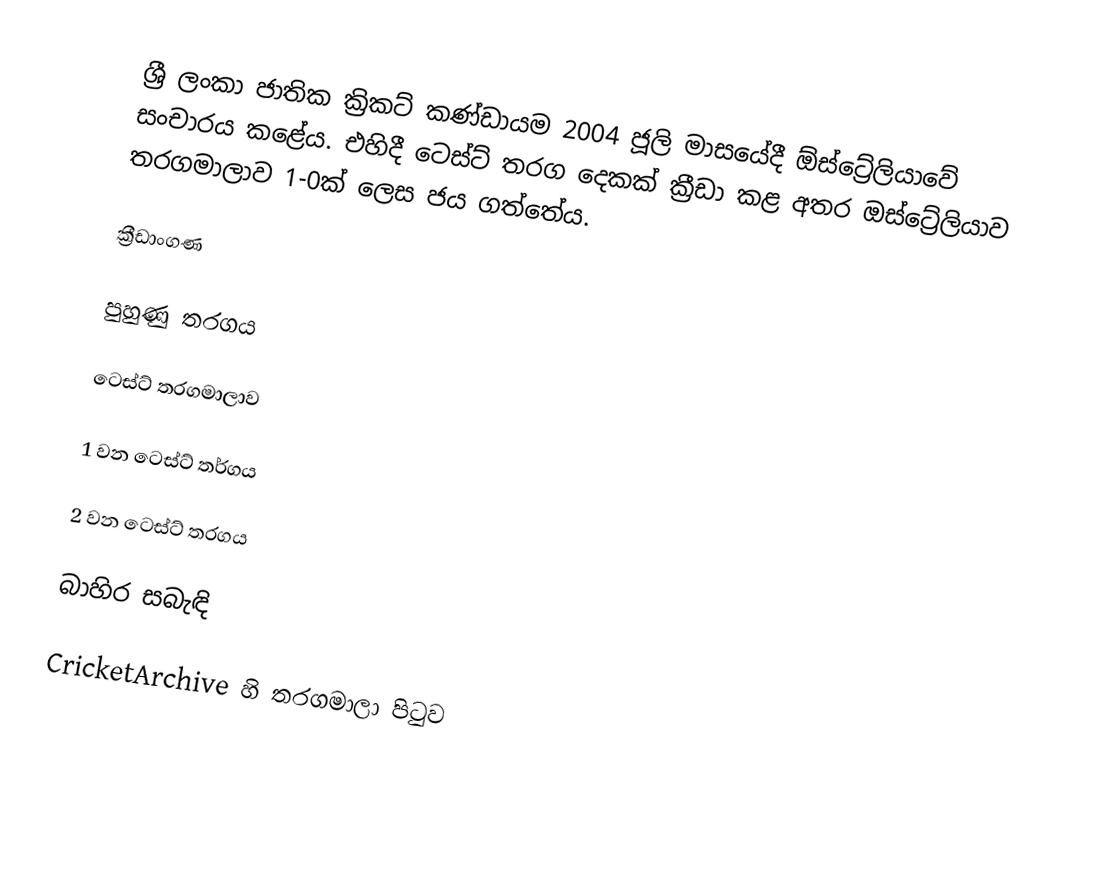
ශ්‍රී ලංකා ජාතික ක්‍රිකට් කණ්ඩායම  2004 ජූලි මාසයේදී ඕස්ට්‍රේලියාවේ සංචාරය කළේය. එහිදී ටෙස්ට් තරග දෙකක් ක්‍රීඩා කළ අතර ඔස්ට්‍රේලියාව තරගමාලාව 1-0ක් ලෙස ජය ගත්තේය.

ක්‍රීඩාංගණ

පුහුණු තරගය

ටෙස්ට් තරගමාලාව

1 වන ටෙස්ට් තර්ගය

2 වන ටෙස්ට් තරගය

බාහිර සබැඳි

 CricketArchive හි තරගමාලා පිටුව